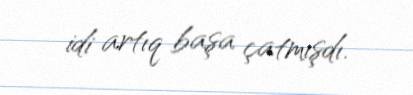
idi artıq başa çatmışdı.